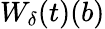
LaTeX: W_{\delta}(t)({b})